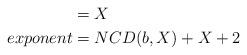
LaTeX: \begin{align*} &= X \\exponent &= NCD(b,X)+X+2 \end{align*}